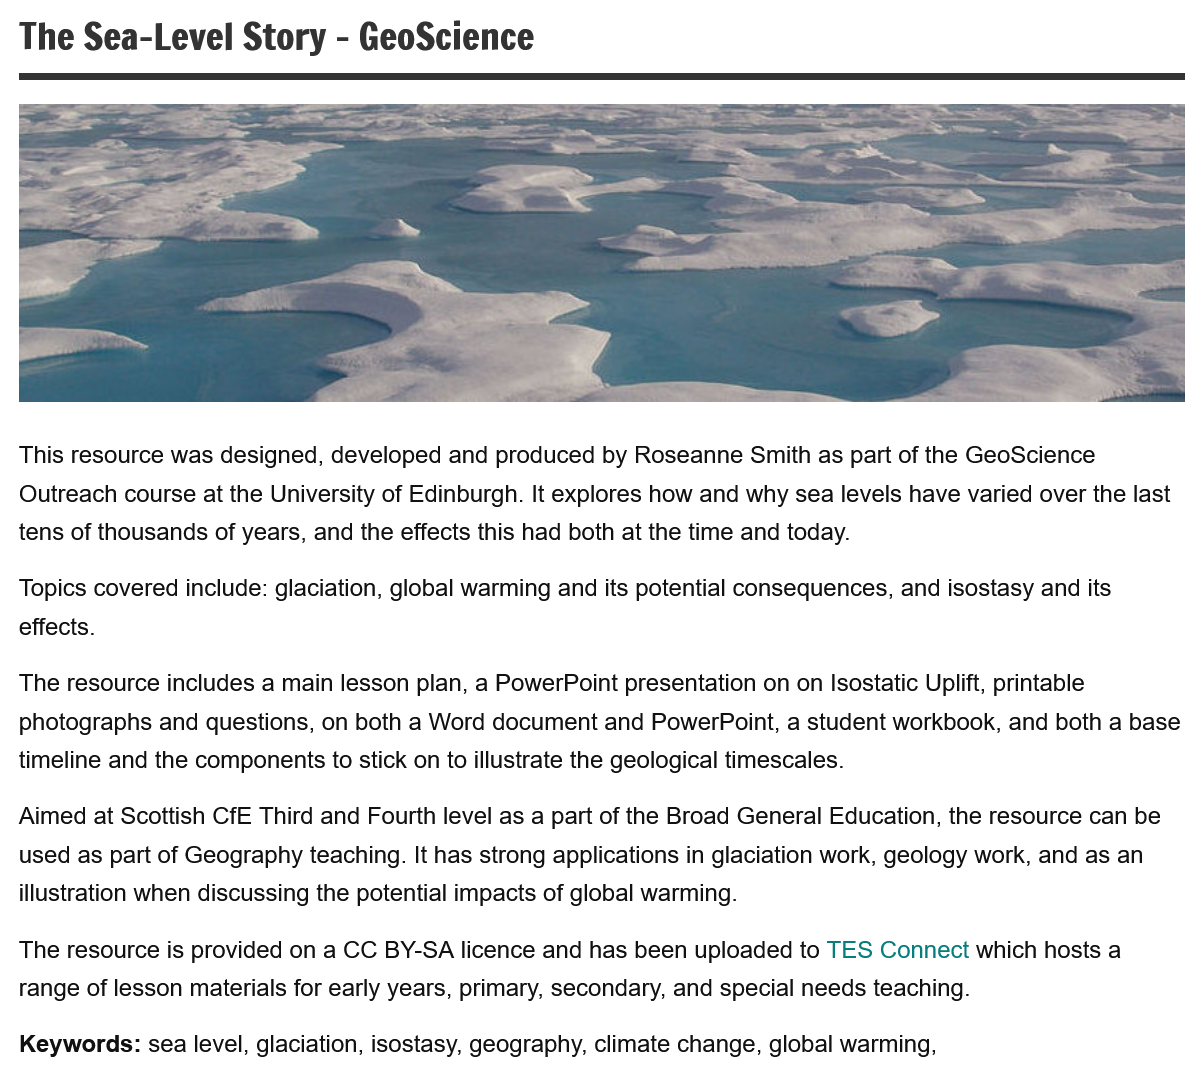
The  Sea-Level    Story  -
     GeoScience
  Topics covered include: glaciation, global warming and its potential consequences, and isostasy and its
  effects.
  The resource is provided on a CC BY-SA licence and has been uploaded to TES Connect which hosts a
  range of lesson materials for early years, primary, secondary, and special needs teaching.
  Keywords: sea level, glaciation, isostasy, geography, climate change, global warming,
  Aimed at Scottish CfE Third and Fourth level as a part of the Broad General Education, the resource can be
  used as part of Geography teaching. It has strong applications in glaciation work, geology work, and as an
  illustration when discussing the potential impacts of global warming.
  The resource includes a main lesson plan, a PowerPoint presentation on on Isostatic Uplift, printable
  photographs and questions, on both a Word document and PowerPoint, a student workbook, and both a base
  timeline and the components to stick on to illustrate the geological timescales.
  This resource was designed, developed and produced by Roseanne Smith as part of the GeoScience
  Outreach course at the University of Edinburgh. It explores how and why sea levels have varied over the last
  tens of thousands of years, and the effects this had both at the time and today.